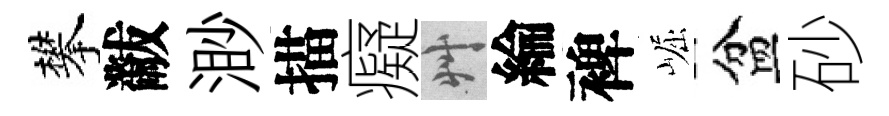
攀黻渺描癡艸綸裨崛盆砂